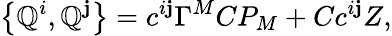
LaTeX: \left\{ \mathbb{Q}^{i},\mathbb{Q}^{\mathbf{j}}\right\} =c^{i\mathbf{j}}\Gamma^{M}CP_{M}+Cc^{i\mathbf{j}}Z,